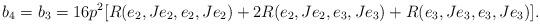
LaTeX: \begin{align*} b_4 = b_3= 16p^2[R(e_2, Je_2, e_2, Je_2) + 2R(e_2, Je_2, e_3, Je_3) + R(e_3, Je_3, e_3, Je_3)].\end{align*}